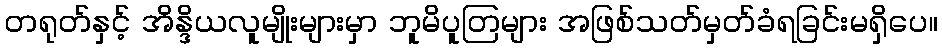
တရုတ်နှင့် အိန္ဒိယလူမျိုးများမှာ ဘူမိပူတြများ အဖြစ်သတ်မှတ်ခံရခြင်းမရှိပေ။